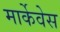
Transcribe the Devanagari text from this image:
मार्केवेस